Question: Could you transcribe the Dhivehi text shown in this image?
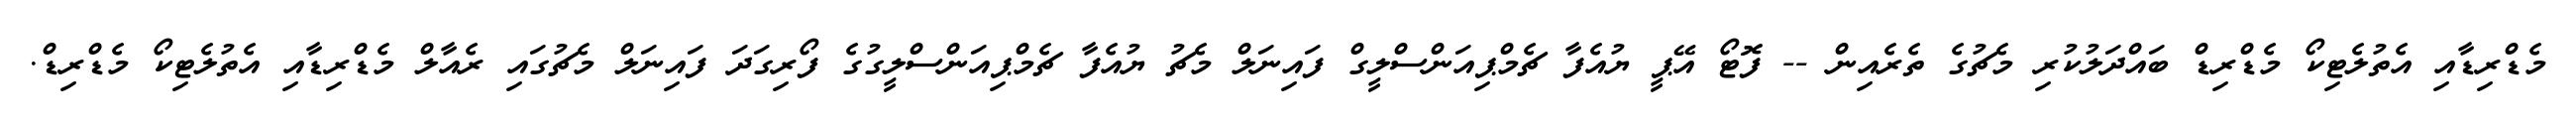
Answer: މެޑްރިޑާއި އެތުލެޓިކޯ މެޑްރިޑް ބައްދަލުކުރި މެޗުގެ ތެރެއިން -- ފޮޓޯ އޭޕީ ޔުއެފާ ޗެމްޕިއަންސްލީގް ފައިނަލް މެޗު ޔުއެފާ ޗެމްޕިއަންސްލީގުގެ ފޯރިގަދަ ފައިނަލް މެޗުގައި ރެއާލް މެޑްރިޑާއި އެތުލެޓިކޯ މެޑްރިޑް.